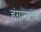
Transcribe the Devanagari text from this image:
हंगामातच